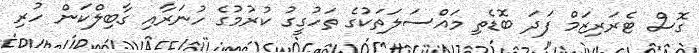
ގޮސް ޓެރަރިޒަމް ފަދަ ބޮޑެތި މައްސަލަތަކުގެ ތަހުގީގު ކުރުމުގެ ހުނަރާއި ގާބިލްކަން ހުރި